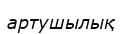
артушылық